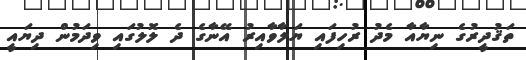
ތަޤުދީރުގެ ނިޔާއާ މެދު ރުހިފައި ޔަލާވާއިރު އޭނާގެ ދެ ލޮލުގައި ވިދަމުން ދިޔައީ